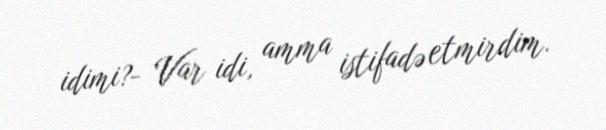
idimi?- Var idi, amma istifadə etmirdim.